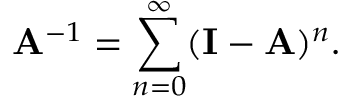
\mathbf { A } ^ { - 1 } = \sum _ { n = 0 } ^ { \infty } ( \mathbf { I } - \mathbf { A } ) ^ { n } .